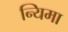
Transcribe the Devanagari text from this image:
न्यिमा